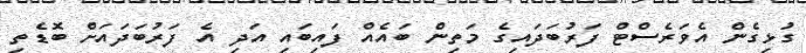
ގުޅިގެން އެވަރެސްޓް ފަރުބަދައިގެ މަތިން ބައެއް ފައިބައި އަދި އެ ފަރުބަދައަށް ބޮޑެތި